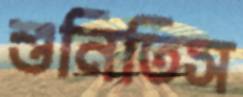
শুনিতিস